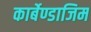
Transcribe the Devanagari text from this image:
कार्बेण्डाजिम